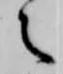
之